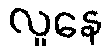
လူနေ